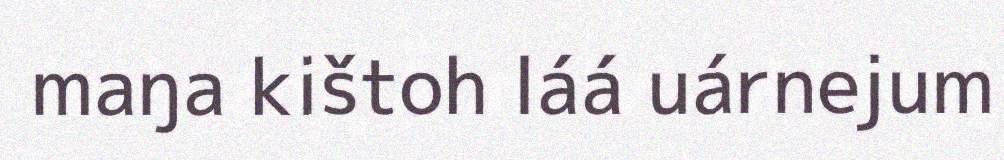
maŋa kištoh láá uárnejum